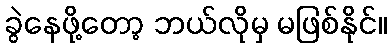
ခွဲနေဖို့တော့ ဘယ်လိုမှ မဖြစ်နိုင်။